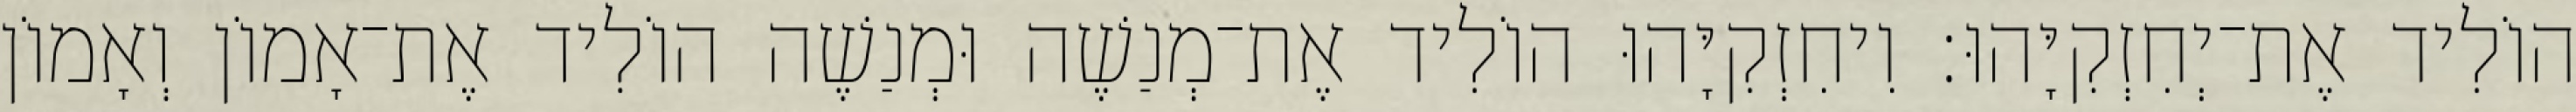
הוֹלִיד אֶת־יְחִזְקִיָּהוּ׃ וִיחִזְקִיָּהוּ הוֹלִיד אֶת־מְנַשֶׁה וּמְנַשֶׁה הוֹלִיד אֶת־אָמוֹן וְאָמוֹן